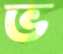
ভ